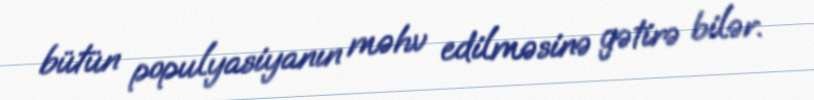
bütün populyasiyanın məhv edilməsinə gətirə bilər.